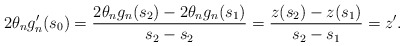
\begin{align*}2 \theta_n g_n' (s_0) = \frac{2 \theta_n g_n (s_2) - 2 \theta_n g_n (s_1)}{s_2 - s_2} = \frac{z(s_2) - z(s_1)}{s_2 - s_1} = z'.\end{align*}